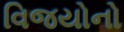
વિજયોનો